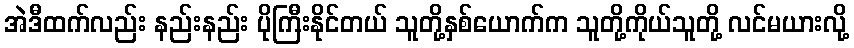
အဲဒီထက်လည်း နည်းနည်း ပိုကြီးနိုင်တယ် သူတို့နှစ်ယောက်က သူတို့ကိုယ်သူတို့ လင်မယားလို့